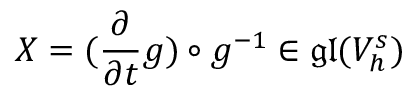
X = ( \frac { \partial } { \partial t } g ) \circ g ^ { - 1 } \in \mathfrak { g l } ( V _ { h } ^ { s } )